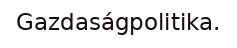
Gazdaságpolitika.